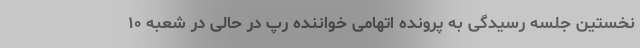
نخستین جلسه رسیدگی به پرونده اتهامی خواننده رپ در حالی در شعبه ۱۰